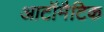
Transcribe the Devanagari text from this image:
आटॉमैटिक